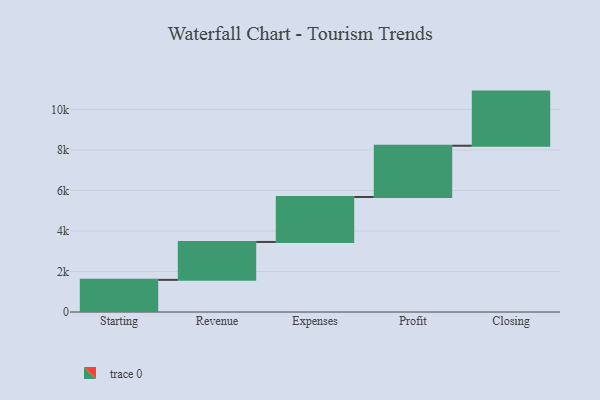
{"axis": {"x": "Step", "y": "Value"}, "legend": [""], "data": [{"x": "Starting", "y": 1587.0, "type": ""}, {"x": "Revenue", "y": 1872.0, "type": ""}, {"x": "Expenses", "y": 2220.0, "type": ""}, {"x": "Profit", "y": 2531.0, "type": ""}, {"x": "Closing", "y": 2673.0, "type": ""}]}